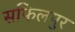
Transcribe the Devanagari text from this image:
सफिलपुर